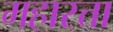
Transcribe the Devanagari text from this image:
महारत्ता